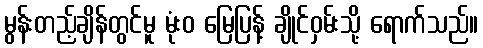
မွန်းတည့်ချိန်တွင်မူ မုံးဝ မြေပြန့် ချိုင်ဝှမ်းသို့ ရောက်သည်။